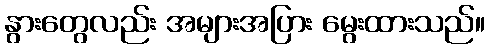
နွားတွေလည်း အများအပြား မွေးထားသည်။